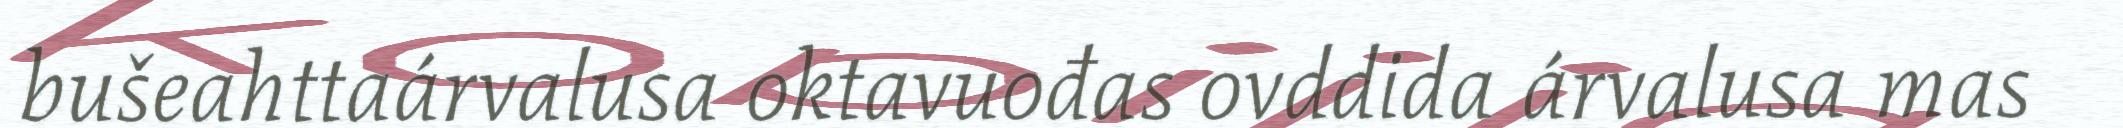
bušeahttaárvalusa oktavuođas ovddida árvalusa mas